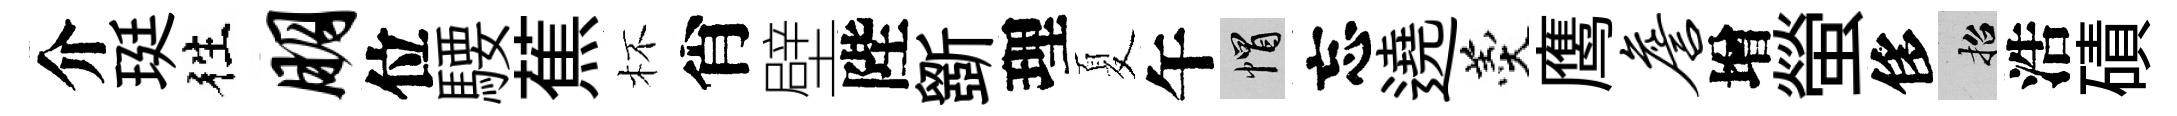
介珽徃朋位騕蕉杯肖壁陛斵理夏午帽忘遶羹鹰詹增螢侈招浩磧